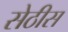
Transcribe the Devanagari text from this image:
सेठीस